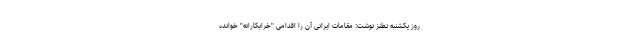
روز یکشنبه نطنز نوشت: مقامات ایرانی آن را اقدامی "خرابکارانه" خوانده